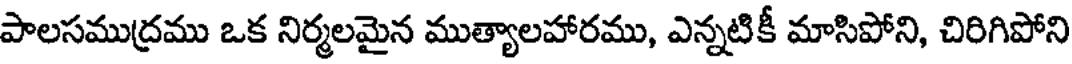
పాలసముద్రము ఒక నిర్మలమైన ముత్యాలహారము, ఎన్నటికీ మాసిపోని, చిరిగిపోని